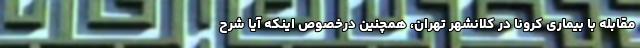
مقابله با بیماری کرونا در کلانشهر تهران، همچنین درخصوص اینکه آیا شرح